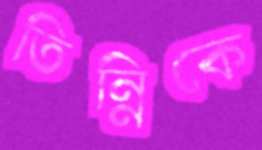
তিন্নিকে